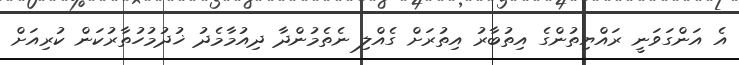
އެ އަންގަވަނީ ރައްޔިތުންގެ އިތުބާރު އިތުރަށް ގެއްލި ނެތެމުންދާ ދިއުމާމެދު ޚުދުމުހުތާރުކަން ކުރިއަށް